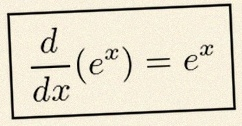
\frac{d}{dx}(e^x)=e^x